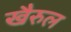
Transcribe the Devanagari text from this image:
खैरुल